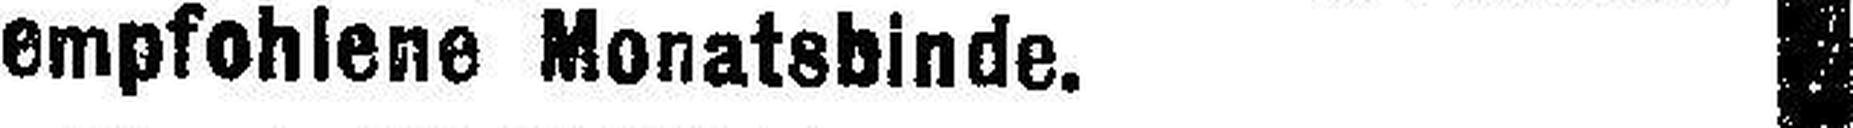
empfohlene Monatsbinde.